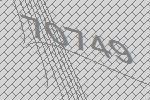
70749